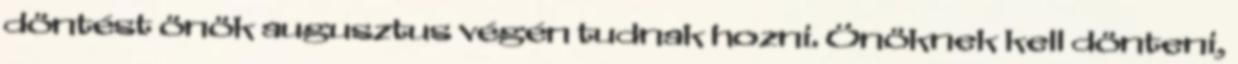
döntést önök augusztus végén tudnak hozni. Önöknek kell dönteni,